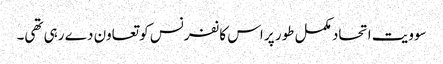
سوویت اتحاد مکمل طور پر اس کانفرنس کو تعاون دے رہی تھی۔